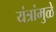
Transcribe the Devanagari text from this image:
यंत्रांमुळे